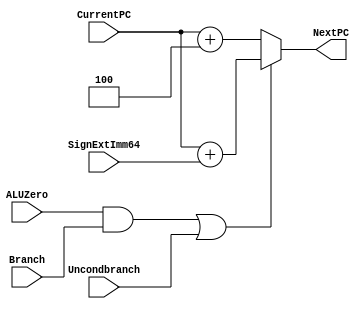
module NextPClogic(NextPC, CurrentPC, SignExtImm64, Branch, ALUZero, Uncondbranch); 
       input [63:0] CurrentPC;
       input [63:0] SignExtImm64; 
       input Branch, ALUZero, Uncondbranch; 
       output reg [63:0] NextPC; 
       /* write your code here */
       //addition has delay of 2
       //mux / if statements have delay of 1
       always @(*)begin
       /* using the textbook cpu design always just +4 to PC
       unless the following statement is true, if so then just
       add sign extended shifted left 2
       (ALUZero & Branch) | Uncondbranch */
       //SignExtImm64 = #1 SignExtImm64<<2; DOES NOT DO THIS AT ALL CHECK IF THIS IS NEEDED IN NEXT LAB
      #1 if((ALUZero & Branch) | (Uncondbranch))begin
            NextPC = #2 CurrentPC + SignExtImm64;
       end
       else begin
            NextPC = #1 CurrentPC +4;
       end
       
       end
        
endmodule